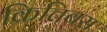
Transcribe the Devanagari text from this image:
क्रित्तिबस